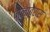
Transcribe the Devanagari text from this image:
पालाब्रास